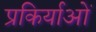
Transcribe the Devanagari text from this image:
प्रकिर्याओं